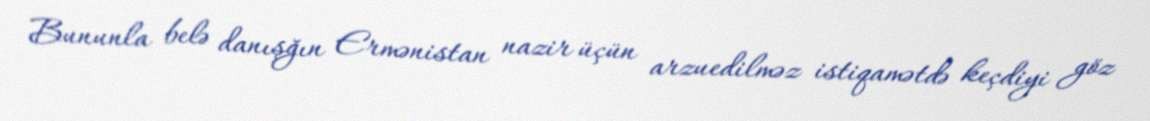
Bununla belə danışğın Ermənistan nazir üçün arzuedilməz istiqamətdə keçdiyi göz